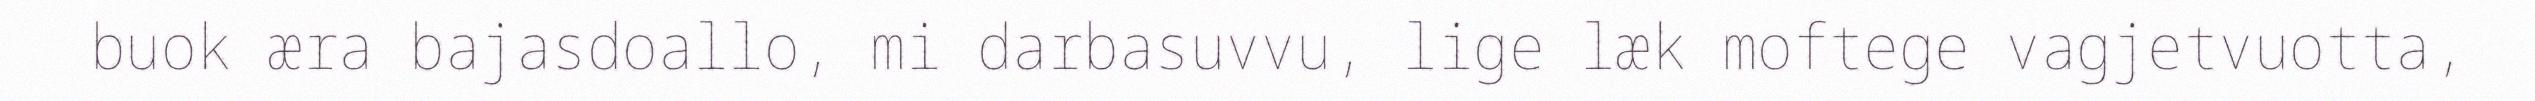
buok æra bajasdoallo, mi darbasuvvu, lige læk moftege vagjetvuotta,